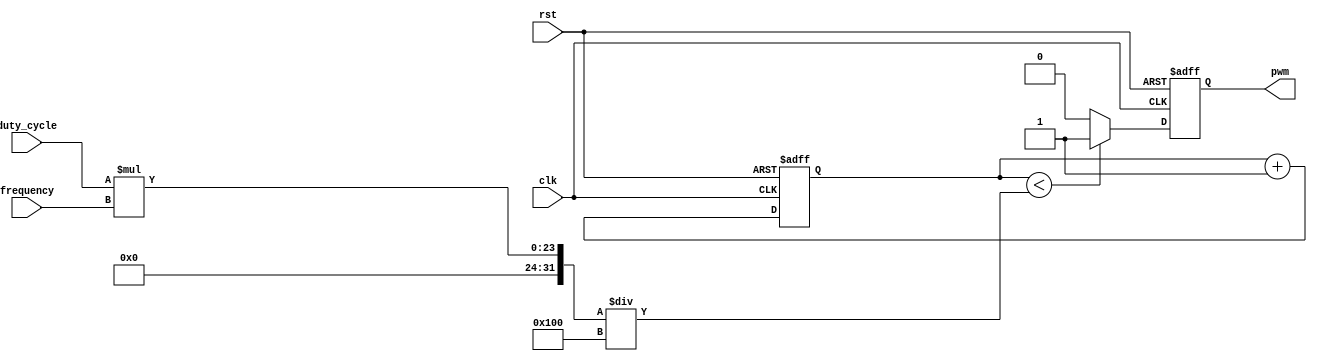
module PWM_generator (
    input clk,
    input rst,
    input [7:0] duty_cycle,
    input [15:0] frequency,
    output reg pwm
);

reg [15:0] count;

always @(posedge clk or posedge rst) begin
    if (rst) begin
        count <= 16'd0;
        pwm <= 1'b0;
    end else begin
        count <= count + 1;
        if (count < duty_cycle * frequency / 256) begin
            pwm <= 1'b1;
        end else begin
            pwm <= 1'b0;
        end
    end
end

endmodule